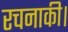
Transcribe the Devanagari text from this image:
रचनाकी।